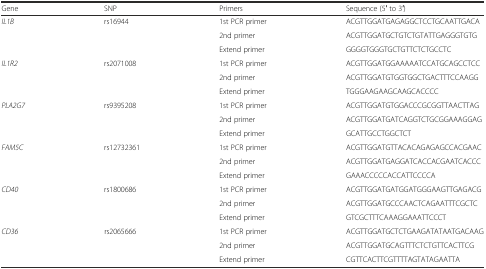
| Gene | SNP | Primers | Sequence (5′ to 3′) |
 | --- | --- | --- | --- |
 | IL1B | rs16944 | 1st PCR primer | ACGTTGGATGAGAGGCTCCTGCAATTGACA |
 |  |  | 2nd primer | ACGTTGGATGCTGTCTGTATTGAGGGTGTG |
 |  |  | Extend primer | GGGGTGGGTGCTGTTCTCTGCCTC |
 | IL1R2 | rs2071008 | 1st PCR primer | ACGTTGGATGGAAAAATCCATGCAGCCTCC |
 |  |  | 2nd primer | ACGTTGGATGTGGTGGCTGACTTTCCAAGG |
 |  |  | Extend primer | TGGGAAGAAGCAAGCACCCC |
 | PLA2G7 | rs9395208 | 1st PCR primer | ACGTTGGATGTGGACCCGCGGTTAACTTAG |
 |  |  | 2nd primer | ACGTTGGATGATCAGGTCTGCGGAAAGGAG |
 |  |  | Extend primer | GCATTGCCTGGCTCT |
 | FAM5C | rs12732361 | 1st PCR primer | ACGTTGGATGTTACACAGAGAGCCACGAAC |
 |  |  | 2nd primer | ACGTTGGATGAGGATCACCACGAATCACCC |
 |  |  | Extend primer | GAAACCCCCACCATTCCCCA |
 | CD40 | rs1800686 | 1st PCR primer | ACGTTGGATGATGGATGGGAAGTTGAGACG |
 |  |  | 2nd primer | ACGTTGGATGCCCAACTCAGAATTTCGCTC |
 |  |  | Extend primer | GTCGCTTTCAAAGGAAATTCCCT |
 | CD36 | rs2065666 | 1st PCR primer | ACGTTGGATGCTCTGAAGATATAATGACAAG |
 |  |  | 2nd primer | ACGTTGGATGCAGTTTCTCTGTTCACTTCG |
 |  |  | Extend primer | CGTTCACTTCGTTTTAGTATAGAATTA |